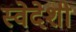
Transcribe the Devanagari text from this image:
स्वेदेशी